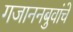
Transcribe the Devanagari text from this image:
गजाननबुवांचे